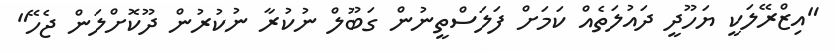
"އިޒްރޭލަކީ ޔަހޫދީ ދައުލަތެއް ކަމަށް ފަލަސްތީނުން ގަބޫލް ނުކުރާ ނުކުރުން ދޫކޮށްލަން ޖެހޭ"